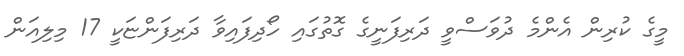
މީގެ ކުރިން އެންމެ ދުވަސްވީ ދަރިފަނީގެ ގޮތުގައި ހޯދިފައިވާ ދަރިފަންޏަކީ 17 މިލިއަން